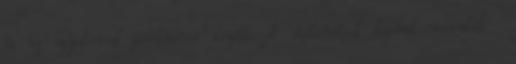
és az egyetemek partnerei között. A diplomások kapnak munkát